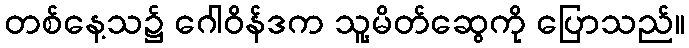
တစ်နေ့သ၌ ဂေါဝိန်ဒက သူ့မိတ်ဆွေကို ပြောသည်။